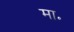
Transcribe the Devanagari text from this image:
मा॰